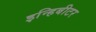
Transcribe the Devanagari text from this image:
इन्हिबीटर